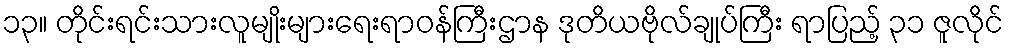
၁၃။ တိုင်းရင်းသားလူမျိုးများရေးရာဝန်ကြီးဌာန ဒုတိယဗိုလ်ချုပ်ကြီး ရာပြည့် ၃၁ ဇူလိုင်